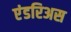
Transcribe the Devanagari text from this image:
एंडरिअस